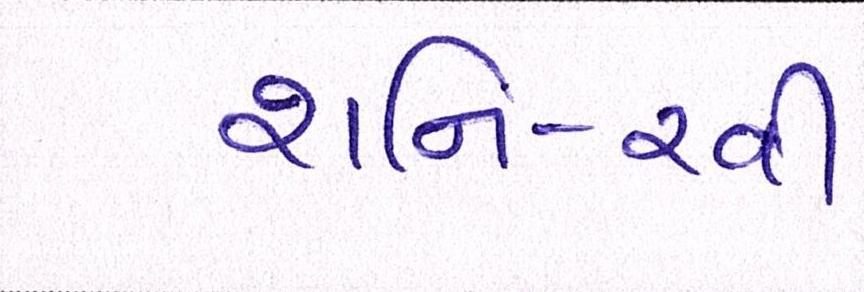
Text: શનિ-રવી